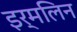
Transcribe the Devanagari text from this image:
इर्मलिन